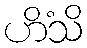
ဟိံသိ